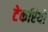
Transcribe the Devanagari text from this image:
टेकरियो